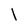
Character: l